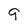
Character: 9